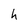
Character: h